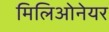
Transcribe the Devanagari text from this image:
मिलिओनेयर